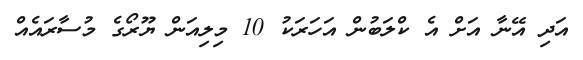
އަދި އޭނާ އަށް އެ ކްލަބުން އަހަރަކު 10 މިލިއަން ޔޫރޯގެ މުސާރައެއް